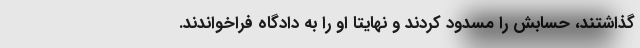
گذاشتند، حسابش را مسدود کردند و نهایتا او را به دادگاه فراخواندند.